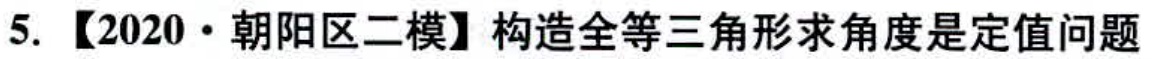
5. 【2020·朝阳区二模】构造全等三角形求角度是定值问题